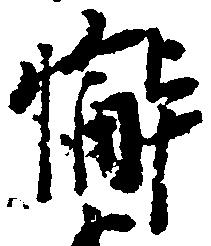
懈